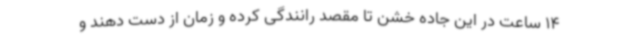
14 ساعت در این جاده خشن تا مقصد رانندگی کرده و زمان از دست دهند و